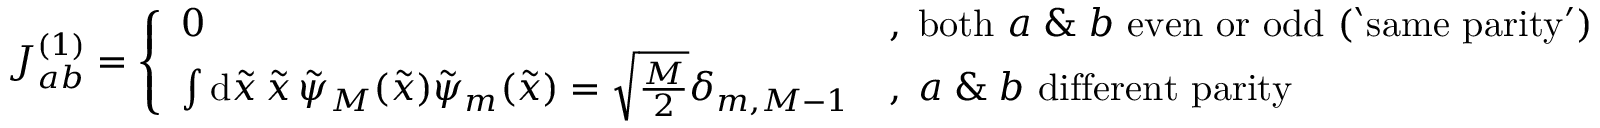
\begin{array} { r } { J _ { a b } ^ { ( 1 ) } = \left\{ \begin{array} { l l } { 0 } & { , \; \mathrm { b o t h ~ } a \; \& \; b \mathrm { ~ e v e n ~ o r ~ o d d ~ ( ` s a m e ~ p a r i t y ' ) } } \\ { \int \mathrm { d } \tilde { x } \, \tilde { x } \, \tilde { \psi } _ { M } ( \tilde { x } ) \tilde { \psi } _ { m } ( \tilde { x } ) = \sqrt { \frac { M } { 2 } } \delta _ { m , M - 1 } } & { , \; a \; \& \; b \mathrm { ~ d i f f e r e n t ~ p a r i t y ~ } } \end{array} \right. } \end{array}